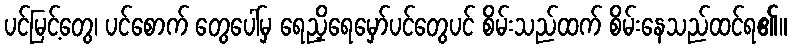
ပင်မြင့်တွေ၊ ပင်စောက် တွေပေါ်မှ ရေညှိရေမှော်ပင်တွေပင် စိမ်းသည်ထက် စိမ်းနေသည်ထင်ရ၏။